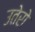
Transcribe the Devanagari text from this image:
उतेरो